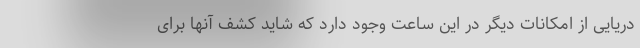
دریایی از امکانات دیگر در این ساعت وجود دارد که شاید کشف آنها برای